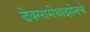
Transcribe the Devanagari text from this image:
डेक्सामेथाझोनचे